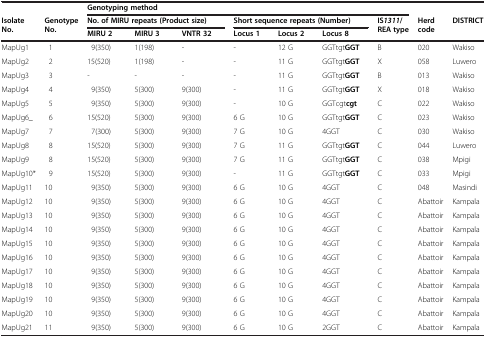
<table><thead><tr><td><b> </b></td><td><b> </b></td><td colspan="7"><b>Genotyping method</b></td><td><b> </b></td><td><b> </b></td></tr><tr><td rowspan="2"><b>Isolate No.</b></td><td rowspan="2"><b>Genotype No.</b></td><td colspan="3"><b>No. of MIRU repeats (Product size)</b></td><td colspan="3"><b>Short sequence repeats (Number)</b></td><td rowspan="2"><b>IS<i>1311</i>/REA type</b></td><td rowspan="2"><b>Herd code</b></td><td rowspan="2"><b>DISTRICT</b></td></tr><tr><td><b>MIRU 2</b></td><td><b>MIRU 3</b></td><td><b>VNTR 32</b></td><td><b>Locus 1</b></td><td><b>Locus 2</b></td><td><b>Locus 8</b></td></tr></thead><tbody><tr><td>MapUg1</td><td>1</td><td>9(350)</td><td>1(198)</td><td>-</td><td>-</td><td>12 G</td><td>GGTtgt<b>GGT</b></td><td>B</td><td>020</td><td>Wakiso</td></tr><tr><td>MapUg2</td><td>2</td><td>15(520)</td><td>1(198)</td><td>-</td><td>-</td><td>11 G</td><td>GGTtgt<b>GGT</b></td><td>X</td><td>058</td><td>Luwero</td></tr><tr><td>MapUg3</td><td>3</td><td>-</td><td>-</td><td>-</td><td>-</td><td>11 G</td><td>GGTtgt<b>GGT</b></td><td>B</td><td>013</td><td>Wakiso</td></tr><tr><td>MapUg4</td><td>4</td><td>9(350)</td><td>5(300)</td><td>9(300)</td><td>-</td><td>11 G</td><td>GGTtgt<b>GGT</b></td><td>X</td><td>018</td><td>Wakiso</td></tr><tr><td>MapUg5</td><td>5</td><td>9(350)</td><td>5(300)</td><td>9(300)</td><td>-</td><td>10 G</td><td>GGTcgt<b>cgt</b></td><td>C</td><td>022</td><td>Wakiso</td></tr><tr><td>MapUg6_</td><td>6</td><td>15(520)</td><td>5(300)</td><td>9(300)</td><td>6 G</td><td>10 G</td><td>GGTtgt<b>GGT</b></td><td>C</td><td>023</td><td>Wakiso</td></tr><tr><td>MapUg7</td><td>7</td><td>7(300)</td><td>5(300)</td><td>9(300)</td><td>7 G</td><td>10 G</td><td>4GGT</td><td>C</td><td>030</td><td>Wakiso</td></tr><tr><td>MapUg8</td><td>8</td><td>15(520)</td><td>5(300)</td><td>9(300)</td><td>7 G</td><td>11 G</td><td>GGTtgt<b>GGT</b></td><td>C</td><td>044</td><td>Luwero</td></tr><tr><td>MapUg9</td><td>8</td><td>15(520)</td><td>5(300)</td><td>9(300)</td><td>7 G</td><td>11 G</td><td>GGTtgt<b>GGT</b></td><td>C</td><td>038</td><td>Mpigi</td></tr><tr><td>MapUg10*</td><td>9</td><td>15(520)</td><td>5(300)</td><td>9(300)</td><td>-</td><td>11 G</td><td>GGTtgt<b>GGT</b></td><td>C</td><td>033</td><td>Mpigi</td></tr><tr><td>MapUg11</td><td>10</td><td>9(350)</td><td>5(300)</td><td>9(300)</td><td>6 G</td><td>10 G</td><td>4GGT</td><td>C</td><td>048</td><td>Masindi</td></tr><tr><td>MapUg12</td><td>10</td><td>9(350)</td><td>5(300)</td><td>9(300)</td><td>6 G</td><td>10 G</td><td>4GGT</td><td>C</td><td>Abattoir</td><td>Kampala</td></tr><tr><td>MapUg13</td><td>10</td><td>9(350)</td><td>5(300)</td><td>9(300)</td><td>6 G</td><td>10 G</td><td>4GGT</td><td>C</td><td>Abattoir</td><td>Kampala</td></tr><tr><td>MapUg14</td><td>10</td><td>9(350)</td><td>5(300)</td><td>9(300)</td><td>6 G</td><td>10 G</td><td>4GGT</td><td>C</td><td>Abattoir</td><td>Kampala</td></tr><tr><td>MapUg15</td><td>10</td><td>9(350)</td><td>5(300)</td><td>9(300)</td><td>6 G</td><td>10 G</td><td>4GGT</td><td>C</td><td>Abattoir</td><td>Kampala</td></tr><tr><td>MapUg16</td><td>10</td><td>9(350)</td><td>5(300)</td><td>9(300)</td><td>6 G</td><td>10 G</td><td>4GGT</td><td>C</td><td>Abattoir</td><td>Kampala</td></tr><tr><td>MapUg17</td><td>10</td><td>9(350)</td><td>5(300)</td><td>9(300)</td><td>6 G</td><td>10 G</td><td>4GGT</td><td>C</td><td>Abattoir</td><td>Kampala</td></tr><tr><td>MapUg18</td><td>10</td><td>9(350)</td><td>5(300)</td><td>9(300)</td><td>6 G</td><td>10 G</td><td>4GGT</td><td>C</td><td>Abattoir</td><td>Kampala</td></tr><tr><td>MapUg19</td><td>10</td><td>9(350)</td><td>5(300)</td><td>9(300)</td><td>6 G</td><td>10 G</td><td>4GGT</td><td>C</td><td>Abattoir</td><td>Kampala</td></tr><tr><td>MapUg20</td><td>10</td><td>9(350)</td><td>5(300)</td><td>9(300)</td><td>6 G</td><td>10 G</td><td>4GGT</td><td>C</td><td>Abattoir</td><td>Kampala</td></tr><tr><td>MapUg21</td><td>11</td><td>9(350)</td><td>5(300)</td><td>9(300)</td><td>6 G</td><td>10 G</td><td>2GGT</td><td>C</td><td>Abattoir</td><td>Kampala</td></tr></tbody></table>